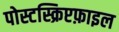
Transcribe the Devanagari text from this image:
पोस्टस्क्रिप्टफ़ाइल